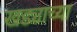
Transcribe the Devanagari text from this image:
खड्याच्या